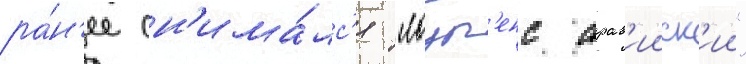
ра́н'ее сн'има́лс'я "лоур'енс арав'ииск'ии"